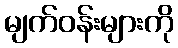
မျက်ဝန်းများကို